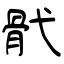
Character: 骮